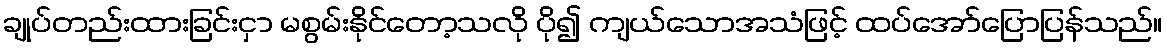
ချုပ်တည်းထားခြင်းငှာ မစွမ်းနိုင်တော့သလို ပို၍ ကျယ်သောအသံဖြင့် ထပ်အော်ပြောပြန်သည်။